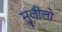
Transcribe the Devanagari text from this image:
मुलीलो